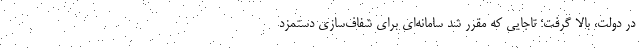
در دولت، بالا گرفت؛ تاجایی که مقرر شد سامانه‌ای برای شفاف‌سازی دستمزد